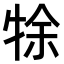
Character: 𤙛